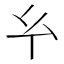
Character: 𢆯